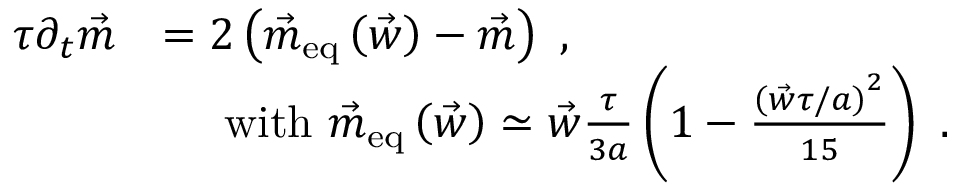
\begin{array} { r l } { \tau \partial _ { t } \vec { m } } & { = 2 \left( \vec { m } _ { \mathrm { e q } } \left( \vec { w } \right) - \vec { m } \right) \ , } \\ & { \ \ \ \ \mathrm { w i t h } \ \vec { m } _ { \mathrm { e q } } \left( \vec { w } \right) \simeq \vec { w } \frac { \tau } { 3 a } \left( 1 - \frac { \left( \vec { w } \tau / a \right) ^ { 2 } } { 1 5 } \right) \ . } \end{array}